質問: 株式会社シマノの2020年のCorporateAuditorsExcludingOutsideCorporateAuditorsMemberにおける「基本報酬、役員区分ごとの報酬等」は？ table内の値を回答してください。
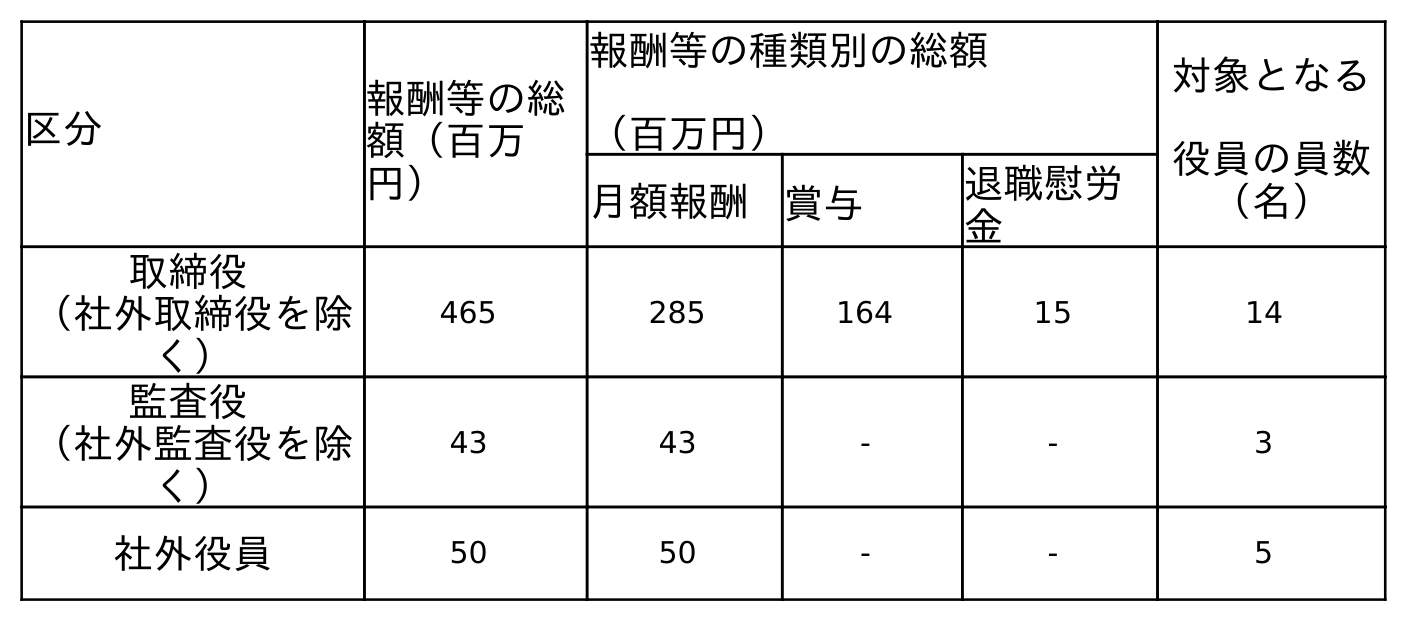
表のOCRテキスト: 区分 報酬等の総 額（百万 円） 報酬等の種類別の総額 （百万円） 対象となる 役員の員数 （名） 月額報酬 賞与 退職慰労 金 取締役 （社外取締役を除 く） 465 285 164 15 14 監査役 （社外監査役を除 く） 43 43 - - 3 社外役員 50 50 - - 5
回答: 43